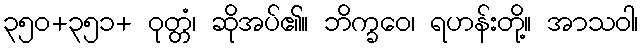
၃၅၀+၃၅၁+ ဝုတ္တံ၊ ဆိုအပ်၏။ ဘိက္ခဝေ၊ ရဟန်းတို့။ အာသဝါ၊